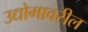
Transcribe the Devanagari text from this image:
उद्योगावरील